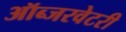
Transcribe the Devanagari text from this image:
ऑब्जरवेटरी